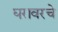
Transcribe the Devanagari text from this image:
घरावरचे